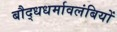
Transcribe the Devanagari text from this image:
बौद्धधर्मावलंबियों